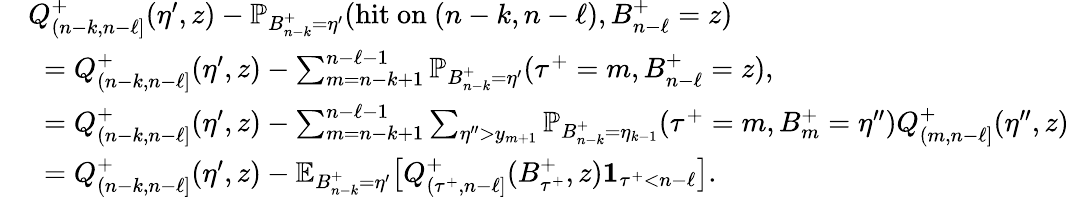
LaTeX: \begin{array}{rl}&{\textstyle Q_{(n-k,n-\ell]}^{+}(\eta^{\prime},z)-\mathbb{P}_{B_{n-k}^{+}=\eta^{\prime}}(\mathrm{hit~on~}(n-k,n-\ell),B_{n-\ell}^{+}=z)}\\ &{\; \; \textstyle=Q_{(n-k,n-\ell]}^{+}(\eta^{\prime},z)-\sum_{m=n-k+1}^{n-\ell-1}\mathbb{P}_{B_{n-k}^{+}=\eta^{\prime}}({\tau^{+}}=m,B_{n-\ell}^{+}=z),}\\ &{\; \; \textstyle=Q_{(n-k,n-\ell]}^{+}(\eta^{\prime},z)-\sum_{m=n-k+1}^{n-\ell-1}\sum_{\eta^{\prime\prime}>y_{m+1}}\mathbb{P}_{B_{n-k}^{+}=\eta_{k-1}}({\tau^{+}}=m,B_{m}^{+}=\eta^{\prime\prime})Q_{(m,n-\ell]}^{+}(\eta^{\prime\prime},z)}\\ &{\; \; \textstyle=Q_{(n-k,n-\ell]}^{+}(\eta^{\prime},z)-\mathbb{E}_{B_{n-k}^{+}=\eta^{\prime}}\bigl[Q_{({\tau^{+}},n-\ell]}^{+}(B_{{\tau^{+}}}^{+},z)\mathbf{1}_{{\tau^{+}}<n-\ell}\bigr].}\end{array}